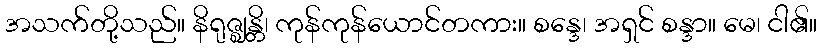
အသက်တို့သည်။ နိရုဇ္ဈန္တိ၊ ကုန်ကုန်ယောင်တကား။ စန္ဒေ၊ အရှင် စန္ဒာ။ မေ၊ ငါ၏။